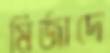
মির্জাদে